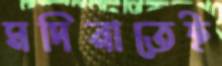
মদিনাতেই